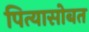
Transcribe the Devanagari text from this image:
पित्यासोबत